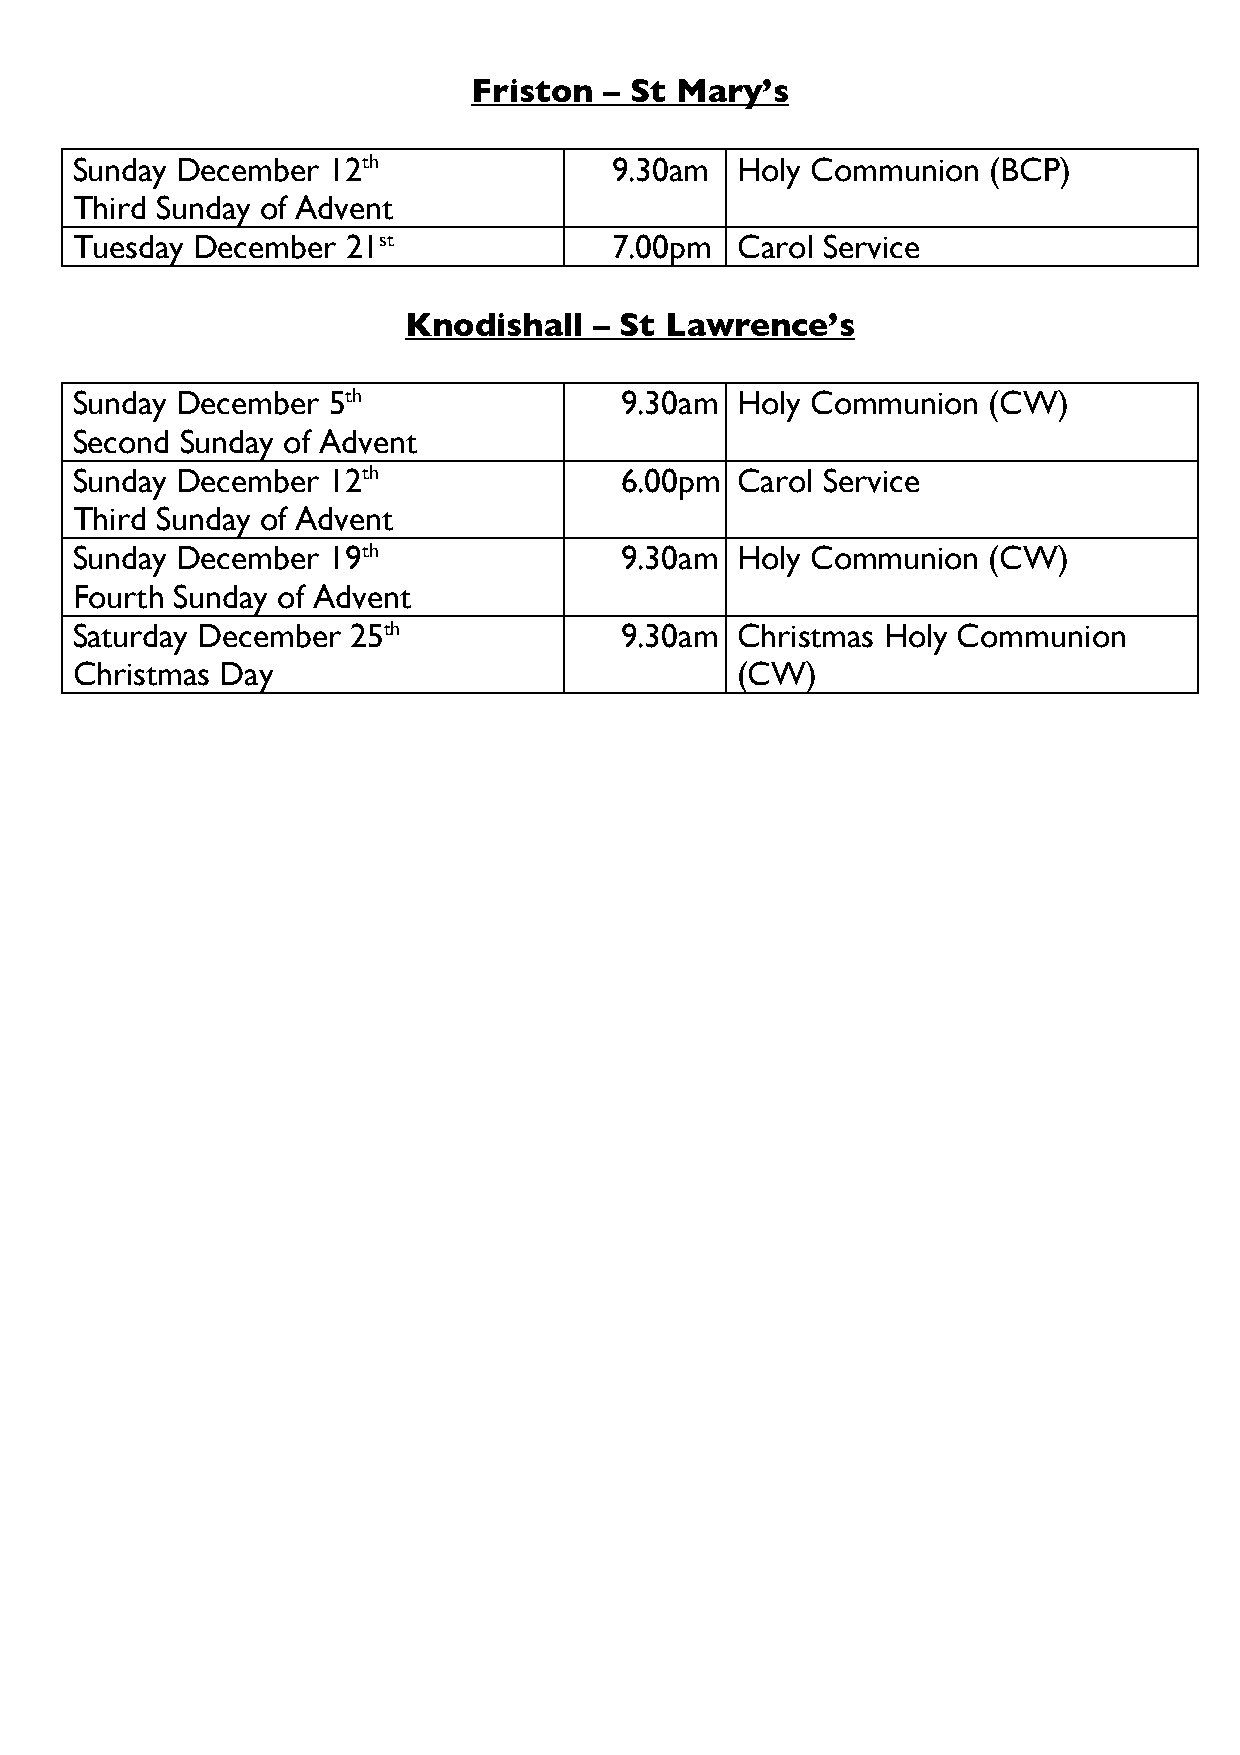
Friston  – St Mary’s
 Sunday December  12th              9.30am   Holy Communion  (BCP)
 Third Sunday of Advent
 Tuesday December  21st             7.00pm   C arol Service
 Knodishall  – St Lawrence’s
 Sunday December  5th                9.30am  Holy Communion  (CW)
 Second Sunday of Advent
 Sunday December  12th               6.00pm  Carol Service
 Third Sunday of Advent
 Sunday December  19th               9.30am  Holy Communion  (CW)
 Fourth Sunday of Advent
 Saturday December 25th              9.30am  Christmas Holy Communion
 Christmas Day                               (CW)